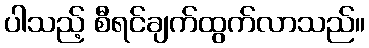
ပါသည့် စီရင်ချက်ထွက်လာသည်။